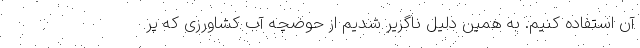
آن استفاده کنیم. به همین دلیل ناگزیر شدیم از حوضچه آب کشاورزی که پر